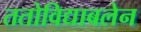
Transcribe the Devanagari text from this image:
ततोविद्याबलेन